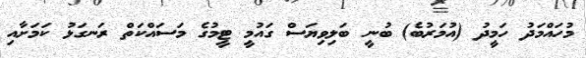
މުހައްމަދު ހަމީދު (އުމަރުބެ) ބުނީ ބަލިވިޔަސް ގައުމީ ޓީމުގެ މަސައްކަތް ރަނގަޅު ކަމަށާއި